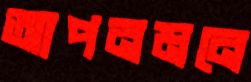
আপনমনে